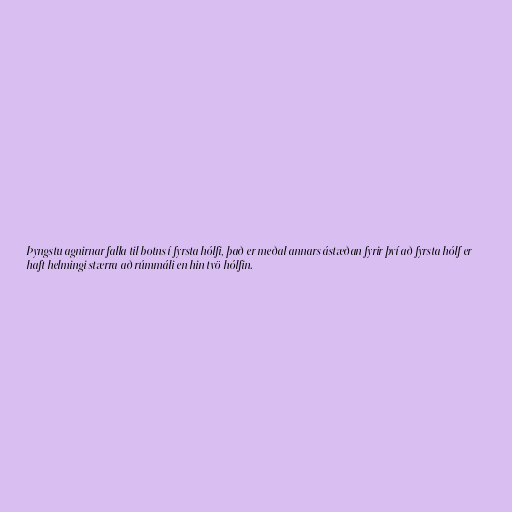
Þyngstu agnirnar falla til botns í fyrsta hólfi, það er meðal annars ástæðan fyrir því að fyrsta hólf er
haft helmingi stærra að rúmmáli en hin tvö hólfin.